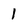
Character: 1